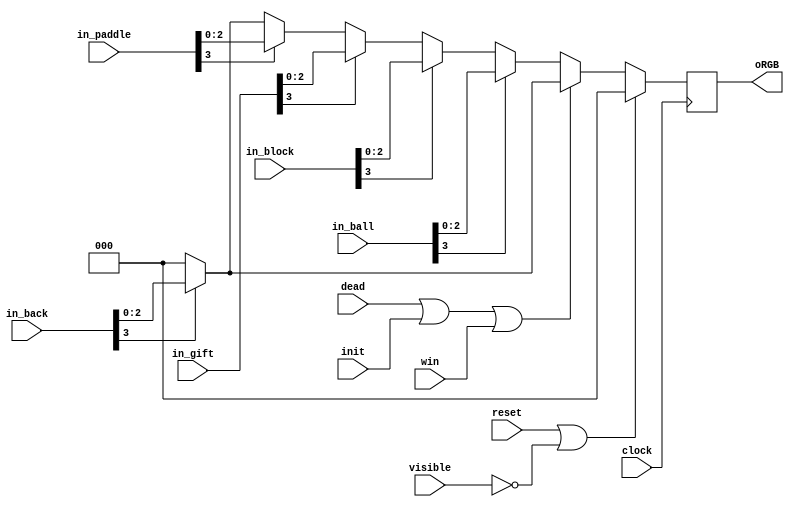
module draw_game(
	input clock, reset,
	input visible,
	input dead, init, win,
	input [3:0] in_ball, in_gift, in_block, in_paddle, in_back,
	output reg [2:0] oRGB
);

always @(posedge clock) begin
	if (reset || ~visible) begin
		oRGB <= 3'b000;
	end else begin
		if (dead | init | win)
			if (in_back[3]) oRGB <= in_back[2:0];
			else oRGB <= 3'b000;
		else if (in_ball[3])
			oRGB <= in_ball[2:0];
		else if (in_block[3])
			oRGB <= in_block[2:0];
		else if (in_gift[3])
			oRGB <= in_gift[2:0];
		else if (in_paddle[3])
			oRGB <= in_paddle[2:0];
		else if (in_back[3])
			oRGB <= in_back[2:0];
		else
			oRGB <= 3'b000;
	end
end
endmodule